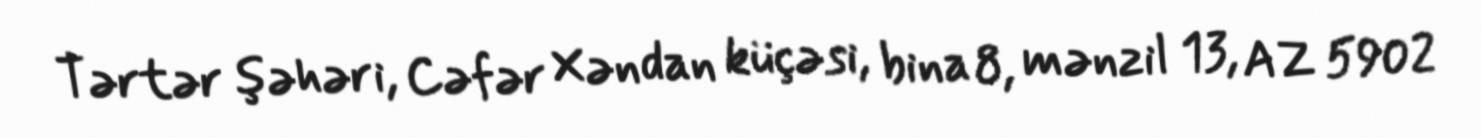
Tərtər şəhəri, Cəfər Xəndan küçəsi, bina 8, mənzil 13, AZ 5902